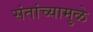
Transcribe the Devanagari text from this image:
संतांच्यामुळे